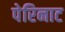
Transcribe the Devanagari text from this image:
पेरिनाट